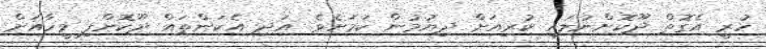
ހުރީ އެގޮތް ދޫކޮށްނުލައި ކުރިއަށް ދިޔުމުން ކަމަށެވެ. އަދި އެކަންތައް ދޫކޮށްފި މީހާއަށް